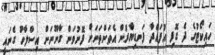
ހައިކޯޓުގެ ދެ ގޮފި އުފައްދާ ފަނޑިޔާރުން އެތަންތަނަށް ފޮނުވަން ގާނޫނަށް އިސްލާހު ގެނައީ